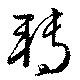
転